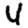
Digit: 4